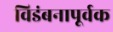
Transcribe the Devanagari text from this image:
विडंबनापूर्वक